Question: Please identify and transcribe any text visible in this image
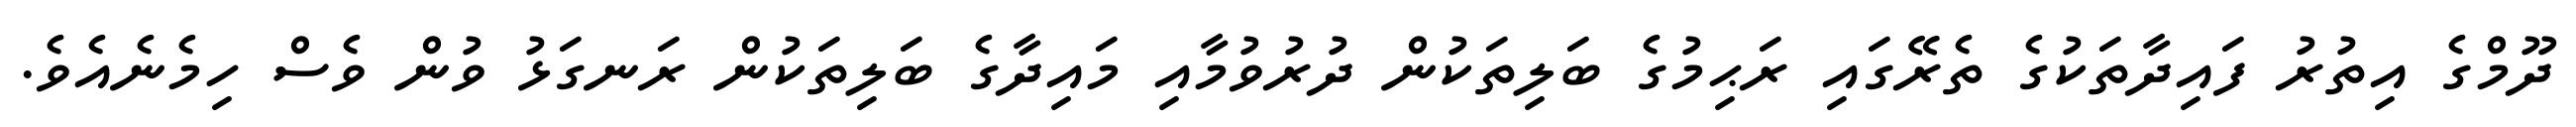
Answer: ދޫމްގެ އިތުރު ފައިދާތަކުގެ ތެރޭގައި ރަޙިމުގެ ބަލިތަކުން ދުރުވުމާއި މައިދާގެ ބަލިތަކުން ރަނގަޅު ވުން ވެސް ހިމެނެއެވެ.